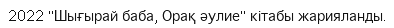
2022 "Шығырай баба, Орақ әулие" кітабы жарияланды.